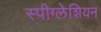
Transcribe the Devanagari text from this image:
स्पीग्लेशियन